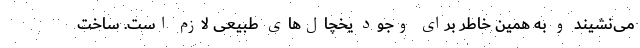
می‌نشیند و به همین خاطر برای وجود یخچال‌های طبیعی لازم است. ساخت